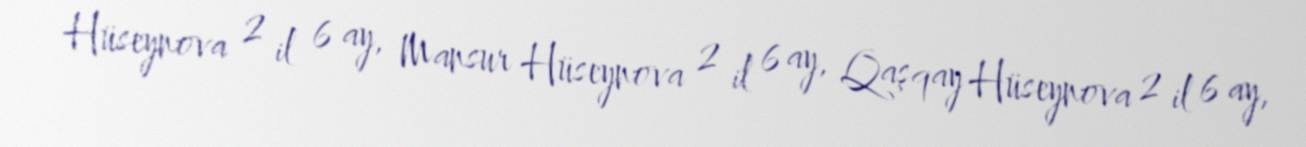
Hüseynova 2 il 6 ay, Mansur Hüseynova 2 il 6 ay, Qaşqay Hüseynova 2 il 6 ay,